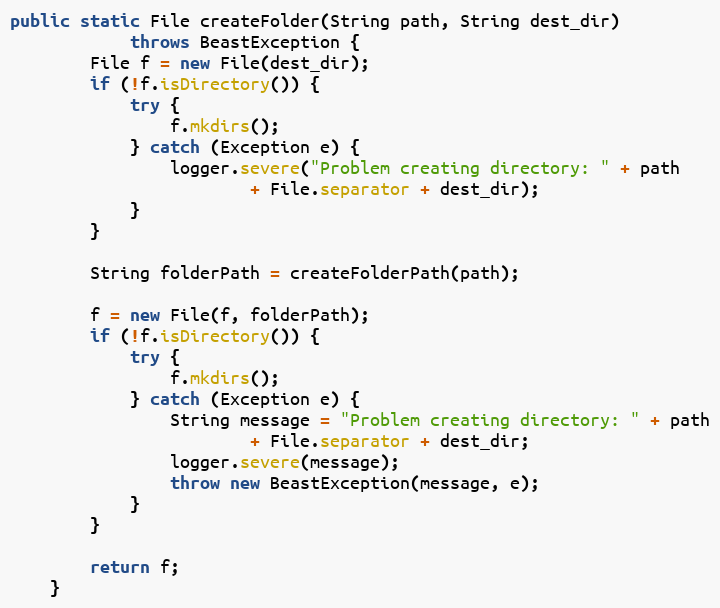
Language: Java
public static File createFolder(String path, String dest_dir)
            throws BeastException {
        File f = new File(dest_dir);
        if (!f.isDirectory()) {
            try {
                f.mkdirs();
            } catch (Exception e) {
                logger.severe("Problem creating directory: " + path
                        + File.separator + dest_dir);
            }
        }

        String folderPath = createFolderPath(path);

        f = new File(f, folderPath);
        if (!f.isDirectory()) {
            try {
                f.mkdirs();
            } catch (Exception e) {
                String message = "Problem creating directory: " + path
                        + File.separator + dest_dir;
                logger.severe(message);
                throw new BeastException(message, e);
            }
        }

        return f;
    }